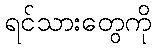
ရင်သားတွေကို